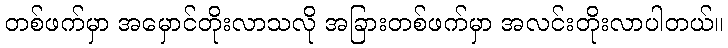
တစ်ဖက်မှာ အမှောင်တိုးလာသလို အခြားတစ်ဖက်မှာ အလင်းတိုးလာပါတယ်။